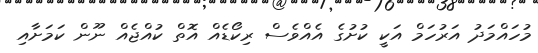
މުހައްމަދު އަރުހަމް އަކީ ކުށުގެ އެއްވެސް ރިކޯޑެއް އޮތް ކުއްޖެއް ނޫން ކަމަށާއި